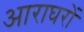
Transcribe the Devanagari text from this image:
आराघरों